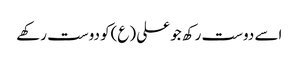
اسے دوست رکھ جو علی (ع)کو دوست رکھے